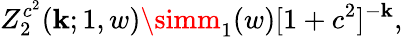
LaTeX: Z_{2}^{c^{2}}(\mathbf{k};1,w)\simm_{1}(w)[1+c^{2}]^{-\mathbf{k}},